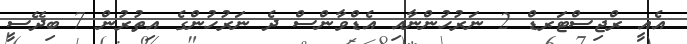
އެއީ ރްޖިސްޓަރޑް 2 ނަރުހުންނާއި އެޑްވާންސް ދެ ނަރުހުންގެ އިތުރުން 7 ބިދޭސީ